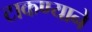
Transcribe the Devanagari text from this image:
टाकण्याने